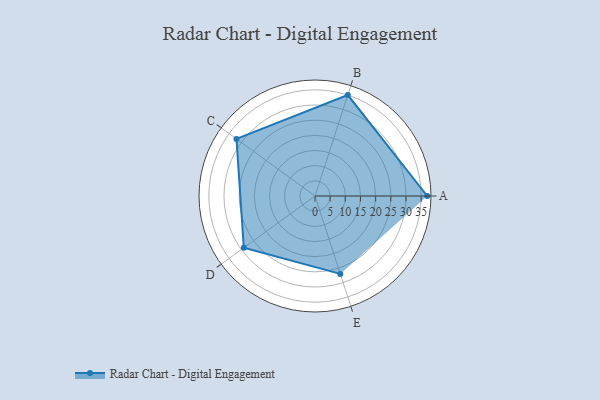
{"axis": {"x": "Skill", "y": "Score"}, "legend": ["Profile"], "data": [{"x": "A", "y": 37.0, "type": "Profile"}, {"x": "B", "y": 35.0, "type": "Profile"}, {"x": "C", "y": 32.0, "type": "Profile"}, {"x": "D", "y": 29.0, "type": "Profile"}, {"x": "E", "y": 27.0, "type": "Profile"}]}